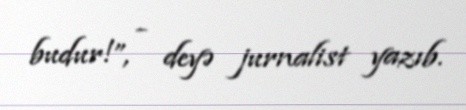
budur!”, - deyə jurnalist yazıb.